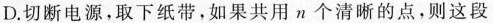
D.切断电源，取下纸带，如果共用π个清晰的点，则这段